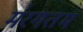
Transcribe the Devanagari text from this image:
म॑रगतम